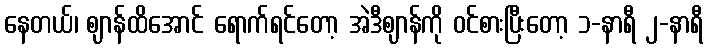
နေတယ်၊ ဈာန်ထိအောင် ရောက်ရင်တော့ အဲဒီဈာန်ကို ဝင်စားပြီးတော့ ၁-နာရီ ၂-နာရီ